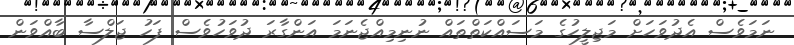
ނަމަވެސް އެދުވަހަށް މަޖިލީހުގެ މަސައްކަތްތައް ނުނިމިއްޖެނަމަ އަންގާރަ ދުވަހުވެސް ފަހު ޖަލްސާ ބާއްވަން